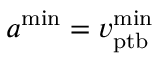
a ^ { \mathrm { m i n } } = v _ { \mathrm { p t b } } ^ { \mathrm { m i n } }